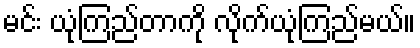
မင်း ယုံကြည်တာကို လိုက်ယုံကြည်မယ်။